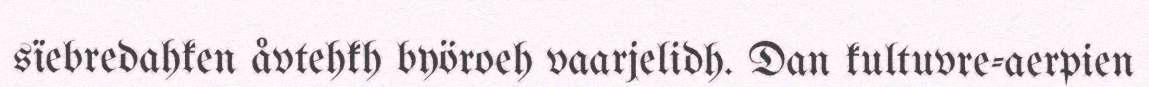
sïebredahken åvtehkh byöroeh vaarjelidh. Dan kultuvre-aerpien